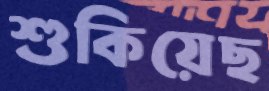
শুকিয়েছ